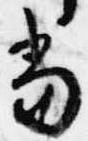
当